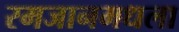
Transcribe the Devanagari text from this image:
रमजानमधला